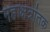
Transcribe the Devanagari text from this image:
महाक्षत्रांतक